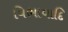
વિભાવાદિ